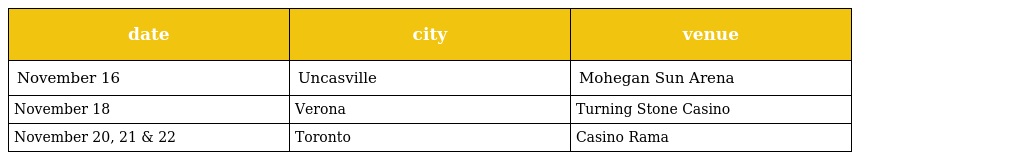
| date | city | venue |
 | --- | --- | --- |
 | November 16 | Uncasville | Mohegan Sun Arena |
 | November 18 | Verona | Turning Stone Casino |
 | November 20, 21 & 22 | Toronto | Casino Rama |